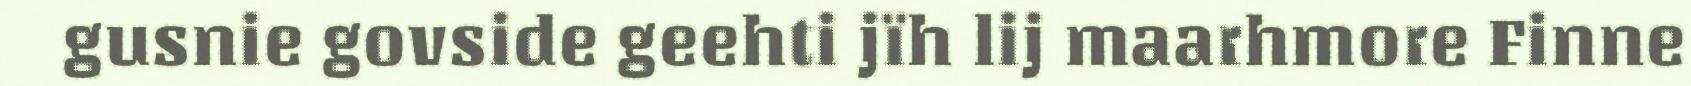
gusnie govside geehti jïh lij maarhmore Finne